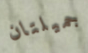
جميلتان